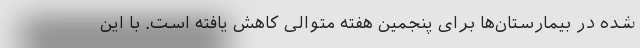
شده در بیمارستان‌ها برای پنجمین هفته متوالی کاهش یافته است. با این